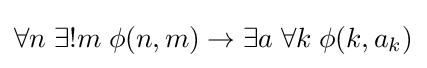
\forall n\;\exists !m\;\phi (n,m)\to \exists a\;\forall k\;\phi (k,a_{k})